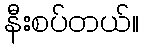
နီးစပ်တယ်။